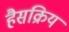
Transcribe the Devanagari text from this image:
हैसक्रिय